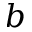
b